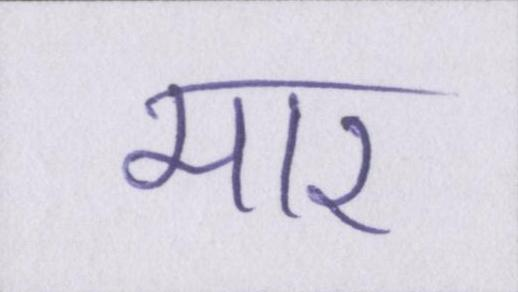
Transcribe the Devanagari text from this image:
मार